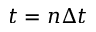
t = n \Delta t